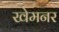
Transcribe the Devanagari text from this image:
खेमनर